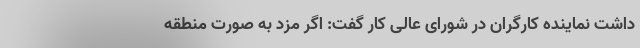
داشت نماینده کارگران در شورای عالی کار گفت: اگر مزد به صورت منطقه